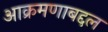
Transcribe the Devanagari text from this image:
आक्रमणाबद्दल